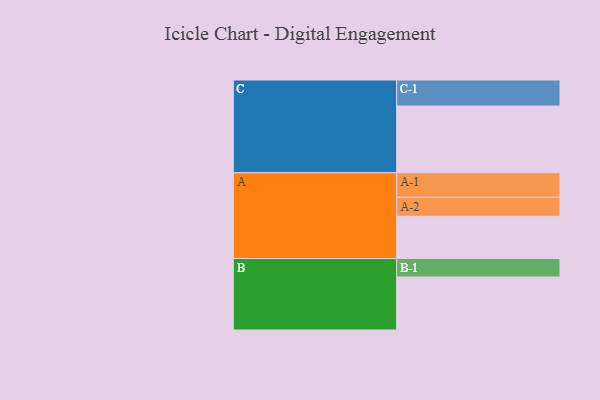
{"axis": {"x": "Segment", "y": "Value"}, "legend": ["", "A", "B", "C"], "data": [{"x": "A", "y": 355, "type": ""}, {"x": "B", "y": 446, "type": ""}, {"x": "C", "y": 561, "type": ""}, {"x": "A-1", "y": 206, "type": "A"}, {"x": "A-2", "y": 160, "type": "A"}, {"x": "B-1", "y": 155, "type": "B"}, {"x": "C-1", "y": 219, "type": "C"}]}